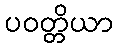
ပဝတ္တိယာ